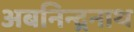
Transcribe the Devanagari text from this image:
अबनिन्द्रनाथ